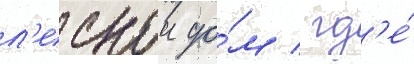
л'еснои до́м / гд'е́